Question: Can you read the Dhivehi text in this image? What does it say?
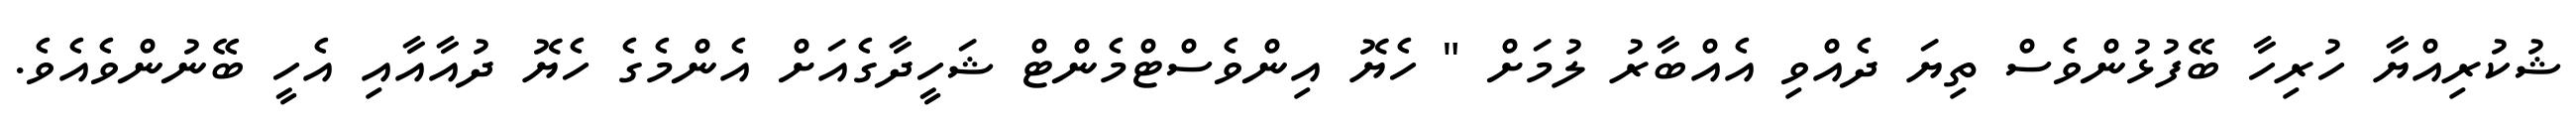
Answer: ޝުކުރިއްޔާ ހުރިހާ ބޭފުޅުންވެސް ތިޔަ ދެއްވި އެއްބާރު ލުމަށް " ހެޔޮ އިންވެސްޓްމެންޓް ޝަހީދާގެއަށް އެންމެގެ ހެޔޮ ދުއާއާއި އެހީ ބޭނުންވެއެވެ.